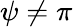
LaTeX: \psi\neq\pi